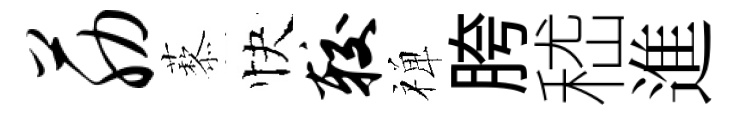
筋藜快较禅胯嵇進